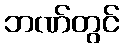
ဘဏ်တွင်